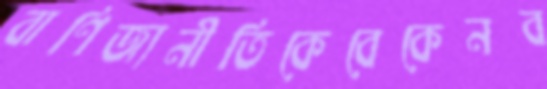
বাণিজ্যনীতিকেবেকেনব